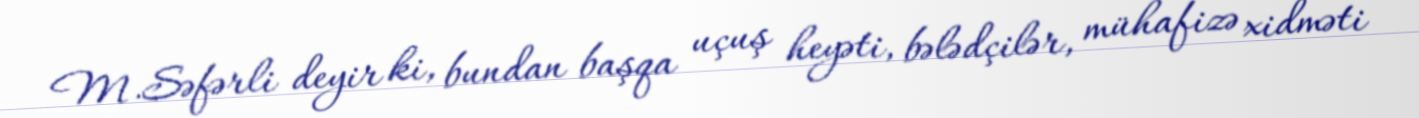
M.Səfərli deyir ki, bundan başqa uçuş heyəti, bələdçilər, mühafizə xidməti